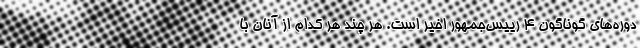
دوره‌های گوناگون ۴ رییس‌جمهور اخیر است. هر چند هر کدام از آنان با